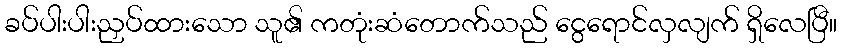
ခပ်ပါးပါးညှပ်ထားသော သူ၏ ကတုံးဆံတောက်သည် ငွေရောင်လှလျက် ရှိလေပြီ။